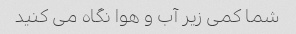
شما کمی زیر آب و هوا نگاه می کنید